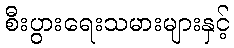
စီးပွားရေးသမားများနှင့်